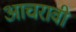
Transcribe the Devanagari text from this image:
आचरावी